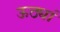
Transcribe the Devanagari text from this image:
ऊठ्यां